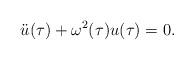
LaTeX: \begin{align*}\ddot{u}(\tau)+\omega^2(\tau){u}(\tau)=0.\end{align*}